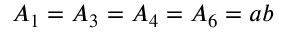
A _ { 1 } = A _ { 3 } = A _ { 4 } = A _ { 6 } = a b